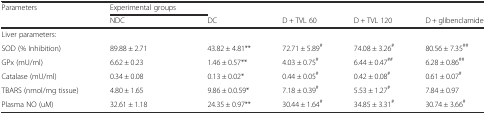
<table><thead><tr><td><b>Parameters</b></td><td><b>Experimental groups</b></td><td></td><td></td><td></td><td></td></tr><tr><td></td><td><b>NDC</b></td><td><b>DC</b></td><td><b>D + TVL 60</b></td><td><b>D + TVL 120</b></td><td><b>D + glibenclamide</b></td></tr></thead><tbody><tr><td>Liver parameters:</td><td></td><td></td><td></td><td></td><td></td></tr><tr><td>SOD (% Inhibition)</td><td>89.88 ± 2.71</td><td>43.82 ± 4.81**</td><td>72.71 ± 5.89<sup>#</sup></td><td>74.08 ± 3.26<sup>#</sup></td><td>80.56 ± 7.35<sup>##</sup></td></tr><tr><td>GPx (mU/ml)</td><td>6.62 ± 0.23</td><td>1.46 ± 0.57**</td><td>4.03 ± 0.75<sup>#</sup></td><td>6.44 ± 0.47<sup>##</sup></td><td>6.28 ± 0.86<sup>##</sup></td></tr><tr><td>Catalase (mU/ml)</td><td>0.34 ± 0.08</td><td>0.13 ± 0.02*</td><td>0.44 ± 0.05<sup>#</sup></td><td>0.42 ± 0.08<sup>#</sup></td><td>0.61 ± 0.07<sup>#</sup></td></tr><tr><td>TBARS (nmol/mg tissue)</td><td>4.80 ± 1.65</td><td>9.86 ± 0.0.59*</td><td>7.18 ± 0.39<sup>#</sup></td><td>5.53 ± 1.27<sup>#</sup></td><td>7.84 ± 0.97</td></tr><tr><td>Plasma NO (uM)</td><td>32.61 ± 1.18</td><td>24.35 ± 0.97**</td><td>30.44 ± 1.64<sup>#</sup></td><td>34.85 ± 3.31<sup>#</sup></td><td>30.74 ± 3.66<sup>#</sup></td></tr></tbody></table>